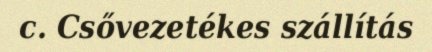
c. Csővezetékes szállítás